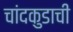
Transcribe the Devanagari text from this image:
चांदकुडाची